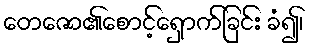
တေဇော၏စောင့်ရှောက်ခြင်း ခံ၍၊